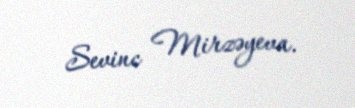
Sevinc Mirzəyeva.